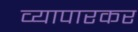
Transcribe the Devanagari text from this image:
व्यापारकर